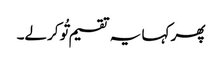
پھر کہا یہ تقسیم تُو کرلے۔